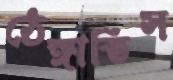
ঠেঙ্গাতিস